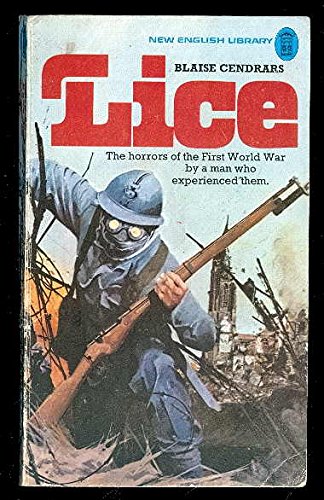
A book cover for Lice; Blaise Cendrars; Health, Fitness & Dieting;